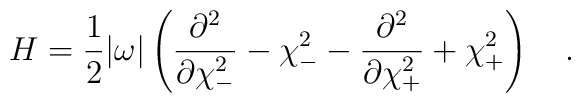
H=\frac{1}{2}|\omega|\left(	\frac{\partial^2}{\partial\chi^2_-}-\chi^2_- -	\frac{\partial^2}{\partial\chi^2_+}+\chi^2_+\right) \ \ \ .